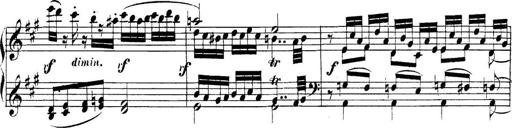
Title: Collected Piano Sonatas
Composer: Muzio Clementi